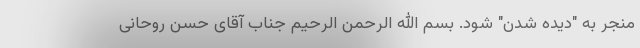
منجر به "دیده شدن" شود. بسم الله الرحمن الرحیم جناب آقای حسن روحانی